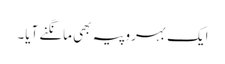
ایک بہروپیہ بھی مانگنے آیا۔